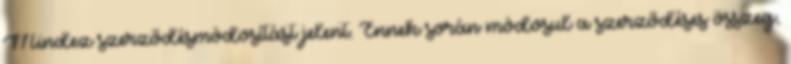
Mindez szerződésmódosítást jelent. Ennek során módosul a szerződéses összeg,